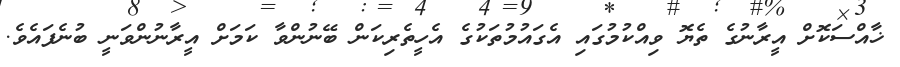
ޚާއްސަކޮށް އީރާނުގެ ތެޔޮ ވިއްކުމުގައި އެގައުމުތަކުގެ އެހީތެރިކަން ބޭނުންވާ ކަމަށް އީރާނުންވަނީ ބުނެފައެވެ.